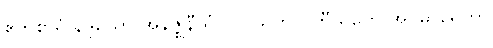
ဧကစာရံ နိဒ္ဒယော အနဇ္ဈနီယံ ဝိလသတိ ပဟီယတေ အဝဓာရေတွာ